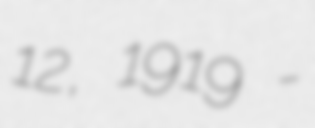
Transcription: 12, 1919 -